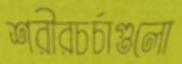
শরীরচর্চাগুলো